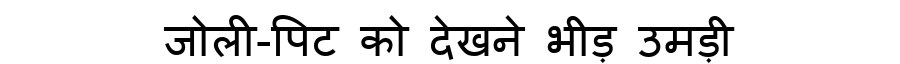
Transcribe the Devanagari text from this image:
जोली-पिट को देखने भीड़ उमड़ी